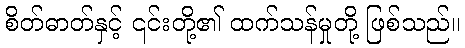
စိတ်ဓာတ်နှင့် ၎င်းတို့၏ ထက်သန်မှုတို့ ဖြစ်သည်။